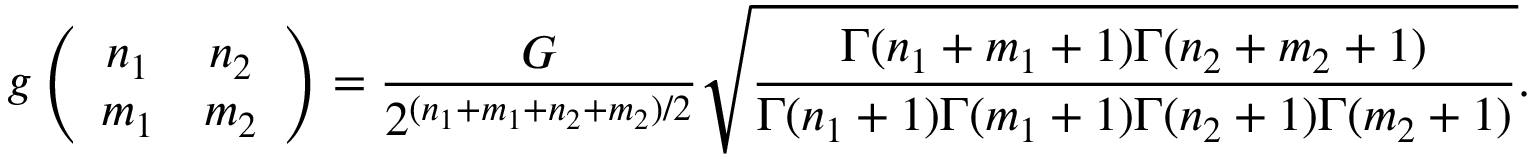
g \left( \begin{array} { c c } { { n _ { 1 } } } & { { n _ { 2 } } } \\ { { m _ { 1 } } } & { { m _ { 2 } } } \end{array} \right) = \frac { G } { 2 ^ { ( n _ { 1 } + m _ { 1 } + n _ { 2 } + m _ { 2 } ) / 2 } } \sqrt { \frac { \Gamma ( n _ { 1 } + m _ { 1 } + 1 ) \Gamma ( n _ { 2 } + m _ { 2 } + 1 ) } { \Gamma ( n _ { 1 } + 1 ) \Gamma ( m _ { 1 } + 1 ) \Gamma ( n _ { 2 } + 1 ) \Gamma ( m _ { 2 } + 1 ) } } .